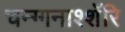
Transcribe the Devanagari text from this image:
चन्ग्गनाश्शॅरि